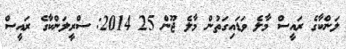
ލަންކާގެ ރައީސް މާލެ ވަޑައިގަތުން މާލެ ޖޫން 25 2014: ސްރީލަންކާގެ ރައީސް